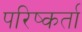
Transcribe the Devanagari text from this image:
परिष्कर्ता